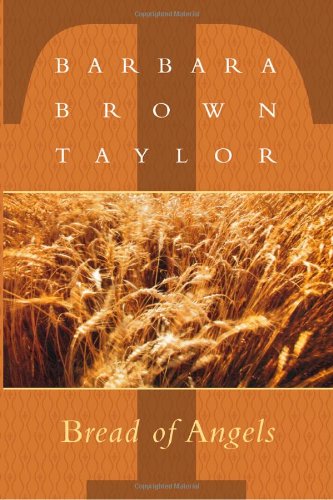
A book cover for Bread of Angels; Barbara Taylor; Christian Books & Bibles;